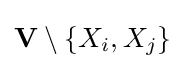
\mathbf {V} \setminus \{X_{i},X_{j}\}